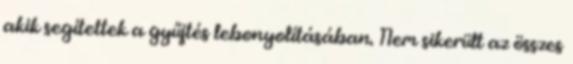
akik segítettek a gyűjtés lebonyolításában. Nem sikerült az összes